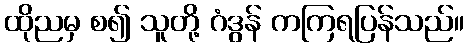
ထိုညမှ စ၍ သူတို့ ဂံဒွန် ကကြရပြန်သည်။